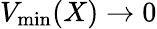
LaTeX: V_{\mathrm{min}}(X)\to 0